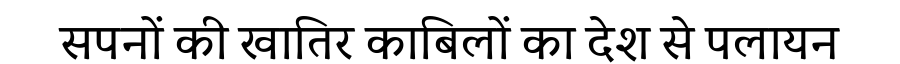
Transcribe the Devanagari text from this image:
सपनों की खातिर काबिलों का देश से पलायन